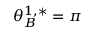
\theta _ { B } ^ { 1 , * } = \pi